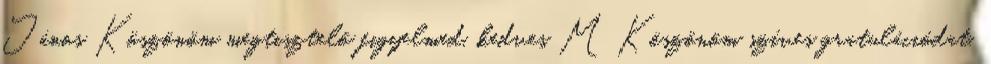
János Köszönöm megtisztelő figyelmed, kedves M Köszönöm szíves gratulációdat,